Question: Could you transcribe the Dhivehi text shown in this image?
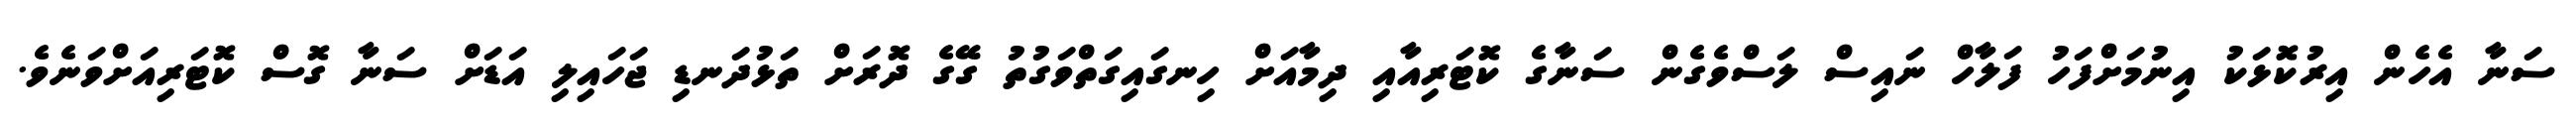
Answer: ސަނާ އެހެން އިރުކޮޅަކު އިނުމަށްފަހު ފަލާހް ނައިސް ލަސްވެގެން ސަނާގެ ކޮޓަރިއާއި ދިމާއަށް ހިނގައިގަތްވަގުތު ގޭގެ ދޮރަށް ތަޅުދަނޑި ޖަހައިލި އަޑަށް ސަނާ ގޮސް ކޮޓަރިއަށްވަނެވެ.